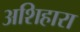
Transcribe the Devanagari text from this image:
अशिहारा